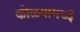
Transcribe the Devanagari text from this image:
कोळ्यामध्ये